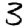
Digit: 3